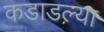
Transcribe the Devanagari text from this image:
कडाडल्या